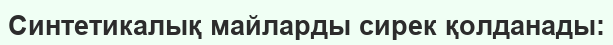
Синтетикалық майларды сирек қолданады: